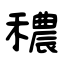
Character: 穠